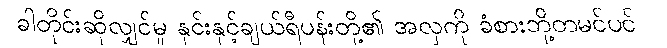
ခါတိုင်းဆိုလျှင်မူ နှင်းနှင့်ချယ်ရီပန်းတို့၏ အလှကို ခံစားဘို့တမင်ပင်